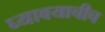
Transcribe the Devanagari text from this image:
घ्यावयाचीच